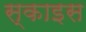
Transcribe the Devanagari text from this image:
स्काइस